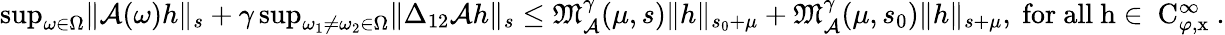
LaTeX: \begin{array}{r}{\operatorname*{sup}_{\omega\in\Omega}\rVert\mathcal{A}(\omega)h\rVert_{s}+\gamma\operatorname*{sup}_{\omega_{1}\ne\omega_{2}\in\Omega}\rVert\Delta_{12}\mathcal{A}h\rVert_{s}\le\mathfrak{M}_{\mathcal{A}}^{\gamma}(\mu,s)\rVert h\rVert_{s_{0}+\mu}+\mathfrak{M}_{\mathcal{A}}^{\gamma}(\mu,s_{0})\rVert h\rVert_{s+\mu},\mathrm{~for~all~h\in~C^\infty_{\varphi,x}~.}}\end{array}